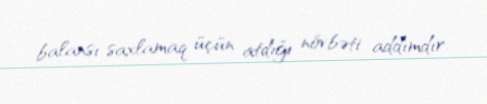
balansı saxlamaq üçün atdığı növbəti addımdır.